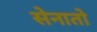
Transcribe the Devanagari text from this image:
सेनातो